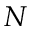
N